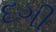
દગી